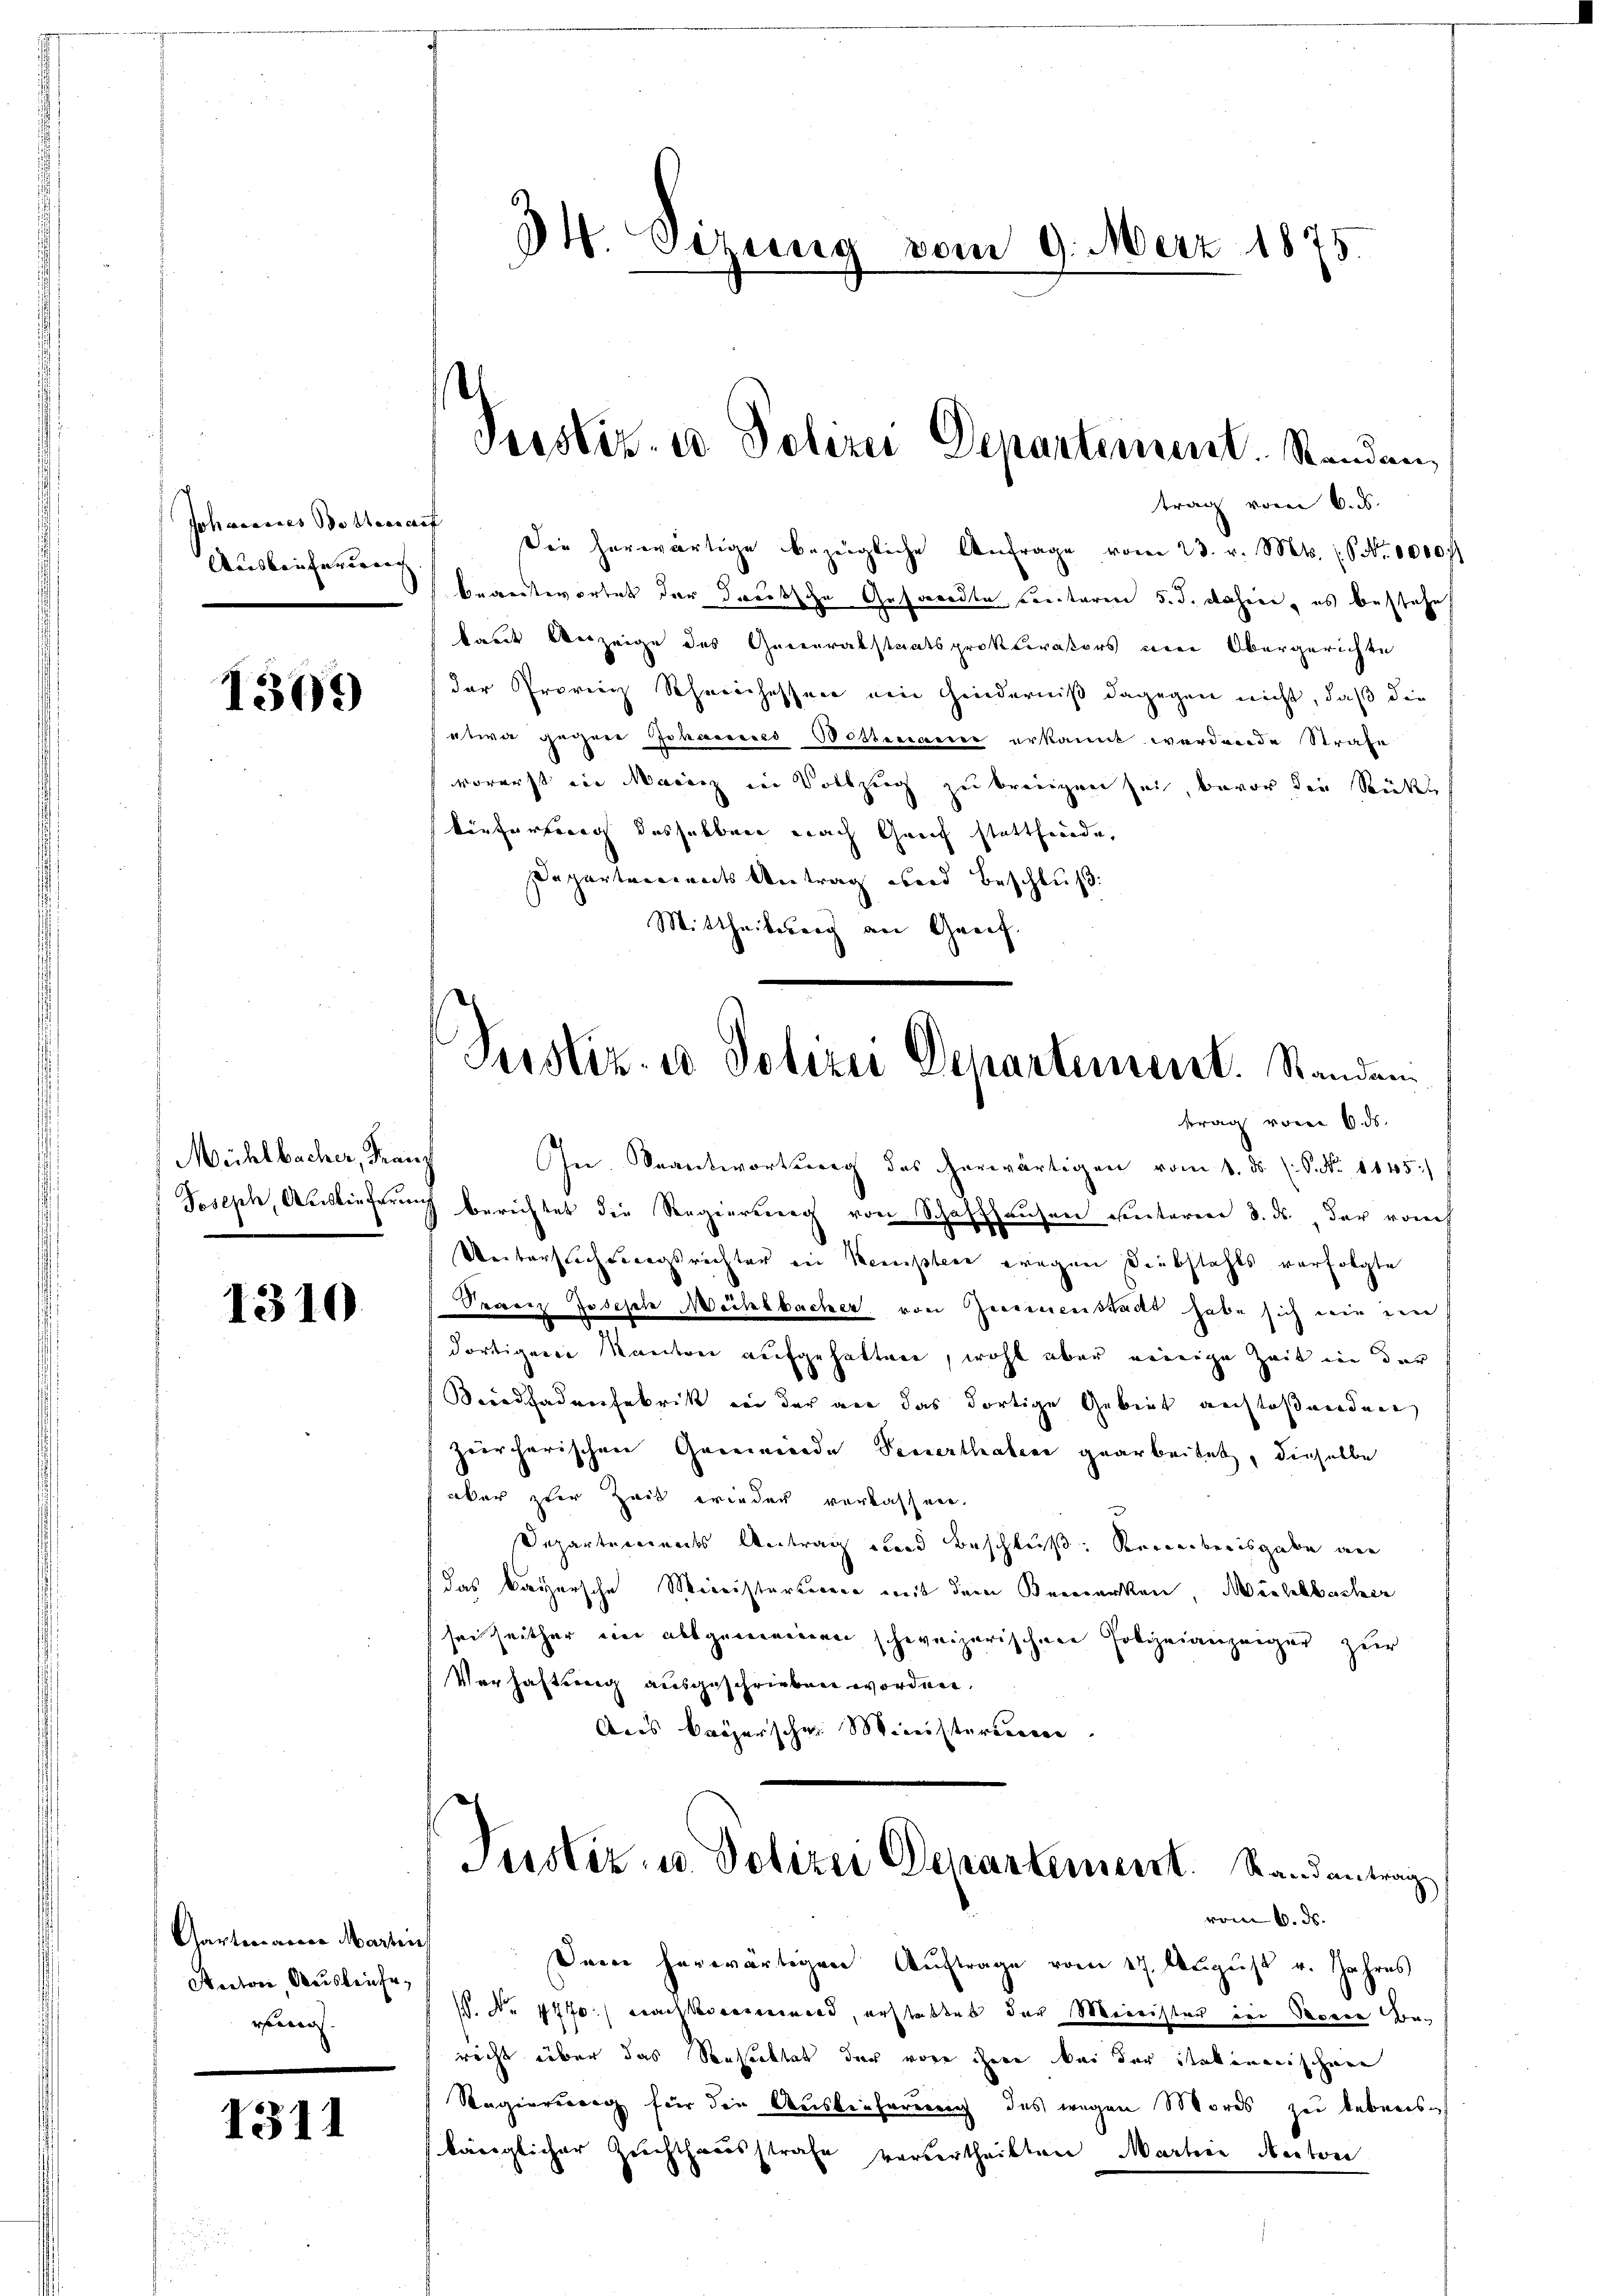
Johannes Bottanne
Ausbrieferung

1303)

Mühlbacher, Frau
Josisch, Auslieferung

1310

Garterrasser Marten
Anton, Ausleiche,
rs

1311

34. Sitzung vom 9. März 1875.

trag vom 6. ds.
e
Die herwärtige bezeigliche Anfrage vom 23. v. Mts. (S. 1000 ff.
beansterortet der dreissche Aufworden ereitaren 5. d. dahin, es bestat
kaut Anzeige des Generalstaatsprokurators ein Obergerichte
der Prorenz Scheinchessen ein Hinderniß dagegen nicht, daß die
etwa gegene chasseres Botternerer erkannt werdende Strafe
vorerst in Maricz in Vollzug zu bringen sei, bevor die Stücke
kenfertenach dasselben nach Greif stattharde,
Departerrents Antrag wird Beschluß:
Mittheilsberg an Greif

Pesstiz- u Polizei Departement. Standen

Justiz- u Polizei Departement. Standen

trag vom 6. ds.
In Beantwortung des herwärtigen vom 1. ds. (S. Nr. 1145)
berichtet die Regierung von Schaffhausen unteren 3. ds., der vorh
Weiterscherungsrichter in Kempten wegen Diebstahls verfolgte
Sranz Joseph Meisbacher von Zimmenstadt habe sich wie den
dortigen Kanton aufgehalten, wohl aber einige Zeit in der
Beiedfadenfabrik in der an das dortige Gebiet auchtoßnordnen
zeirherischen Gemeinde Feuerthaben gearbeitet, dieselbe
aber zur Zeit wieder verkassen.
Departements Antrag und Beschluß: Seeweiberisgabe an
das Bayersche Ministerkerer mit dem Bemerken, Michlbacher
sei seither ein allgemeinen schweizerischen Polizeianzeiger zur
Verhaftung ausgeschrieben worden.
Aus Bröserschen Ministerieren
Justiz- u. Polizei Departement. Randantrag
vom 6. ds.
Sein herwärtigen Auftrage vom 17. August v. Jahres
P. Nr. 1770 nach Brennenward, erstattet der Meinister in Sonen Bericht über das Sehspektat der vore ihnen bei der Stattenerischen
Regierung für die Auslieferung des wegen Mores zu lebens
känglicher Zuchthausstrafe verurtheilten Marten Anton